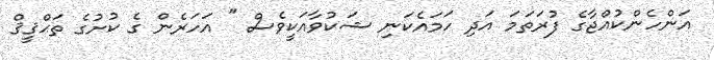
އަންހެންކުއްޖާގެ ފުރަތަމަ އަދި ހަމައެކަނި ޝަކުވާއަކީވެސް " އަހަރެން ގެ ކުށުގެ ތަޙްޤީޤް